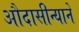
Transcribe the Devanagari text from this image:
औदासीन्याने